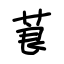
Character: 莨